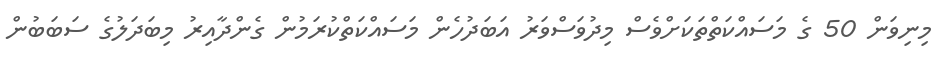
މިނިވަން 50 ގެ މަސައްކަތްތަކަށްވެސް މިދުވަސްވަރު އަަބަދުހެން މަސައްކަތްކުރަމުން ގެންދާއިރު މިބަދަލުގެ ސަބަބުން